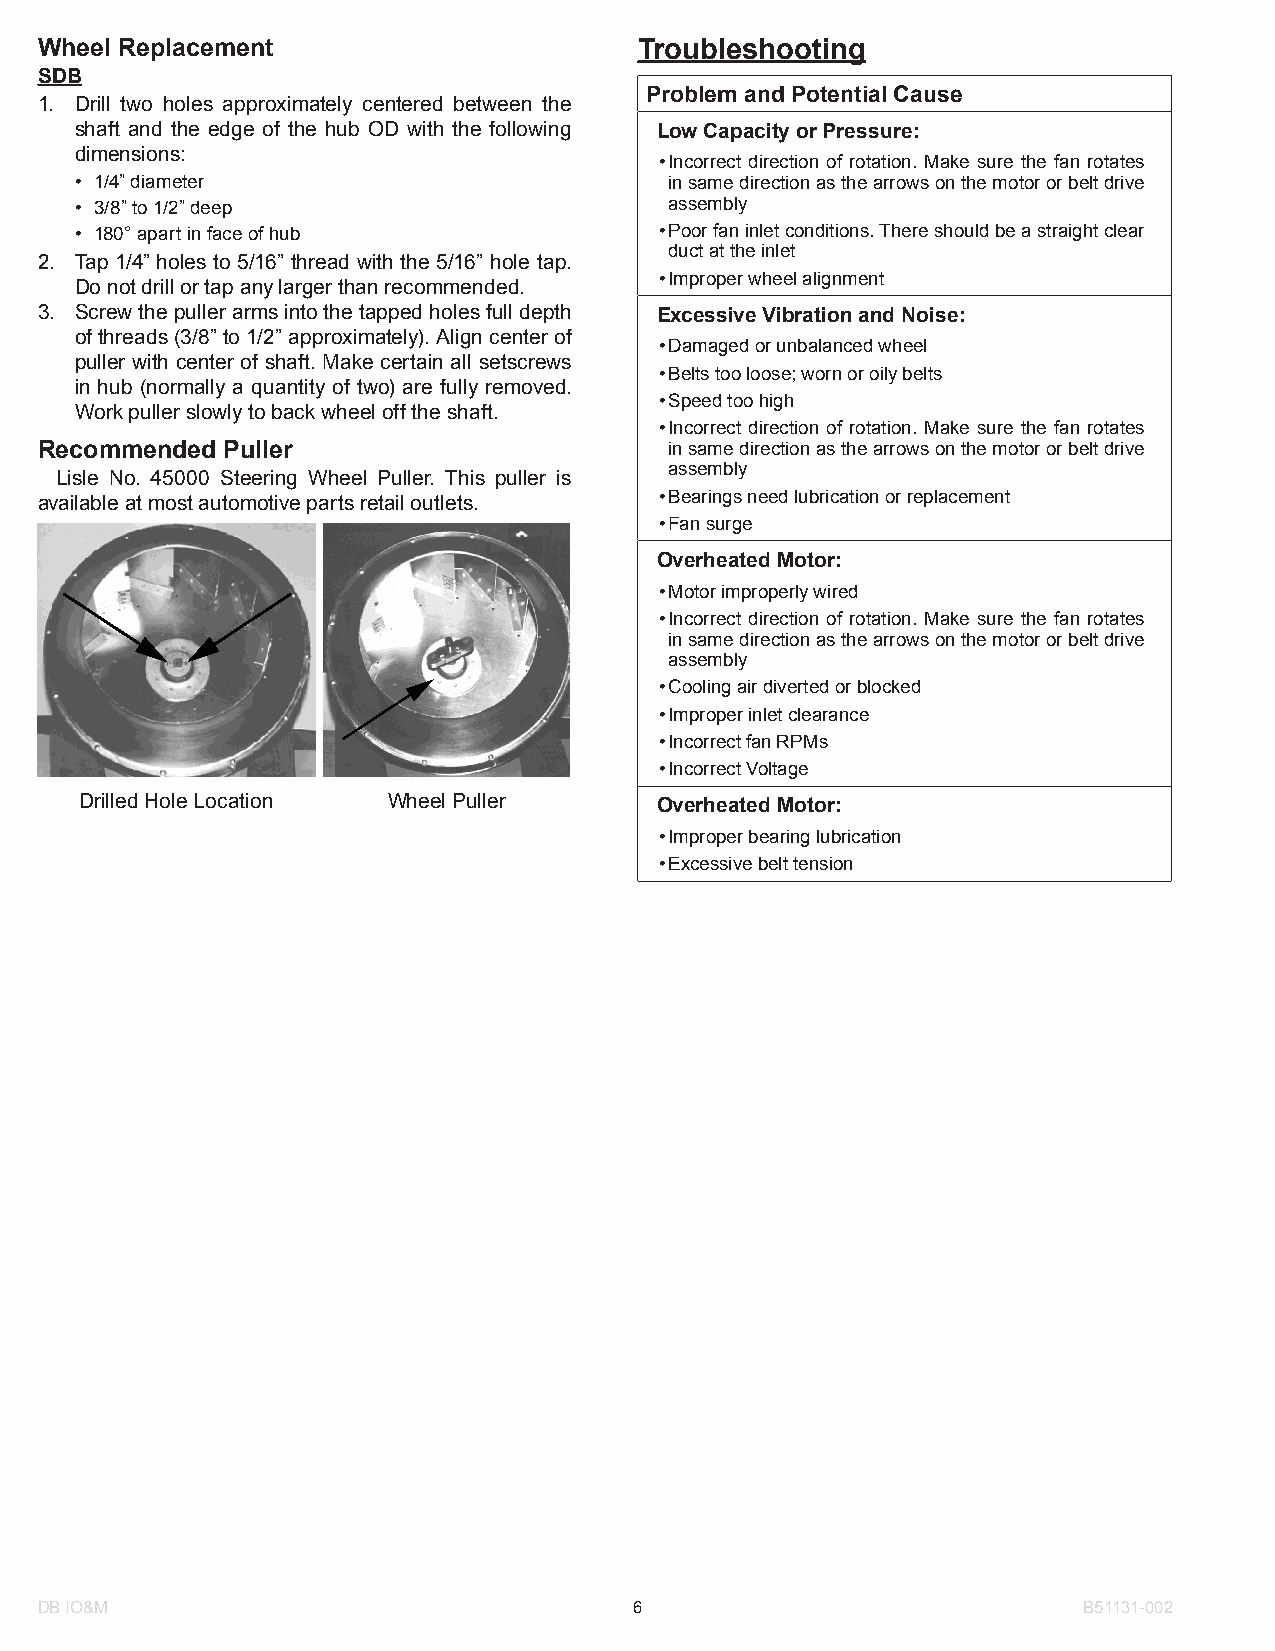
Wheel Replacement                       Troubleshooting
 SDB
 Problem and Potential Cause
 1. Drill two holes approximately centered between the
 shaft and the edge of the hub OD with the following Low Capacity or Pressure:
 dimensions:
 • Incorrect direction of rotation. Make sure the fan rotates
 • 1/4” diameter                        in same direction as the arrows on the motor or belt drive
 • 3/8” to 1/2” deep                    assembly
 • 180° apart in face of hub            • Poor fan inlet conditions. There should be a straight clear
 duct at the inlet
 2. Tap 1/4” holes to 5/16” thread with the 5/16” hole tap.
 • Improper wheel alignment
 Do not drill or tap any larger than recommended.
 3. Screw the puller arms into the tapped holes full depth Excessive Vibration and Noise:
 of threads (3/8” to 1/2” approximately). Align center of
 • Damaged or unbalanced wheel
 puller with center of shaft. Make certain all setscrews
 • Belts too loose; worn or oily belts
 in hub (normally a quantity of two) are fully removed.
 • Speed too high
 Work puller slowly to back wheel off the shaft.
 • Incorrect direction of rotation. Make sure the fan rotates
 Recommended  Puller                       in same direction as the arrows on the motor or belt drive
 assembly
 Lisle No. 45000 Steering Wheel Puller. This puller is
 • Bearings need lubrication or replacement
 available at most automotive parts retail outlets.
 • Fan surge
 Overheated Motor:
 • Motor improperly wired
 • Incorrect direction of rotation. Make sure the fan rotates
 in same direction as the arrows on the motor or belt drive
 assembly
 • Cooling air diverted or blocked
 • Improper inlet clearance
 • Incorrect fan RPMs
 • Incorrect Voltage
 Drilled Hole Location Wheel Puller    Overheated Motor:
 • Improper bearing lubrication
 • Excessive belt tension
 DB IO&M                                 6                             B51131-002